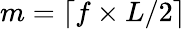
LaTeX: m=\lceil f\times L/2\rceil